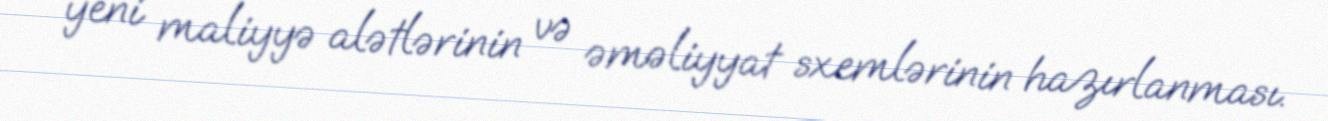
yeni maliyyə alətlərinin və əməliyyat sxemlərinin hazırlanması.